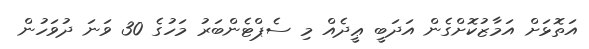
އަތޮޅަށް އަމާޒުކޮށްގެން އަދަބީ ޢީދެއް މި ސެޕްޓެންބަރު މަހުގެ 30 ވަނަ ދުވަހުން